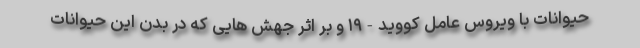
حیوانات با ویروس عامل کووید-۱۹ و بر اثر جهش هایی که در بدن این حیوانات